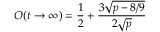
O ( t \to \infty ) = \frac { 1 } { 2 } + \frac { 3 \sqrt { p - 8 / 9 } } { 2 \sqrt { p } }